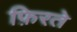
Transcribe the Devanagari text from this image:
फ़िरते